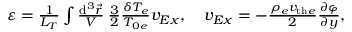
\begin{array} { r } { \varepsilon = \frac { 1 } { L _ { T } } \int \frac { \mathrm { d } ^ { 3 } \vec { r } } { V } \: \frac { 3 } { 2 } \frac { \delta T _ { e } } { T _ { 0 e } } v _ { E x } , \quad v _ { E x } = - \frac { \rho _ { e } v _ { \mathrm { t h } e } } { 2 } \frac { \partial \varphi } { \partial y } , } \end{array}